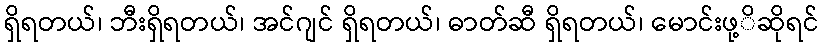
ရှိရတယ်၊ ဘီးရှိရတယ်၊ အင်ဂျင် ရှိရတယ်၊ ဓာတ်ဆီ ရှိရတယ်၊ မောင်းဖု့ိဆိုရင်